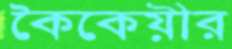
কৈকেয়ীর